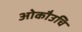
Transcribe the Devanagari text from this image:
ओकौउचि